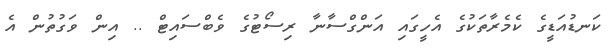
ކަނޑުއަޑީގެ ކެމެރާތަކުގެ އެހީގައި އަންގްސާނާ ރިސޯޓުގެ ވެބްސައިޓް .. އިން ވަގުތުން އެ